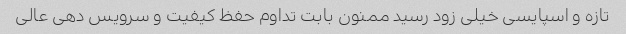
تازه و اسپایسی خیلی زود رسید ممنون بابت تداوم حفظ کیفیت و سرویس دهی عالی